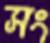
সং